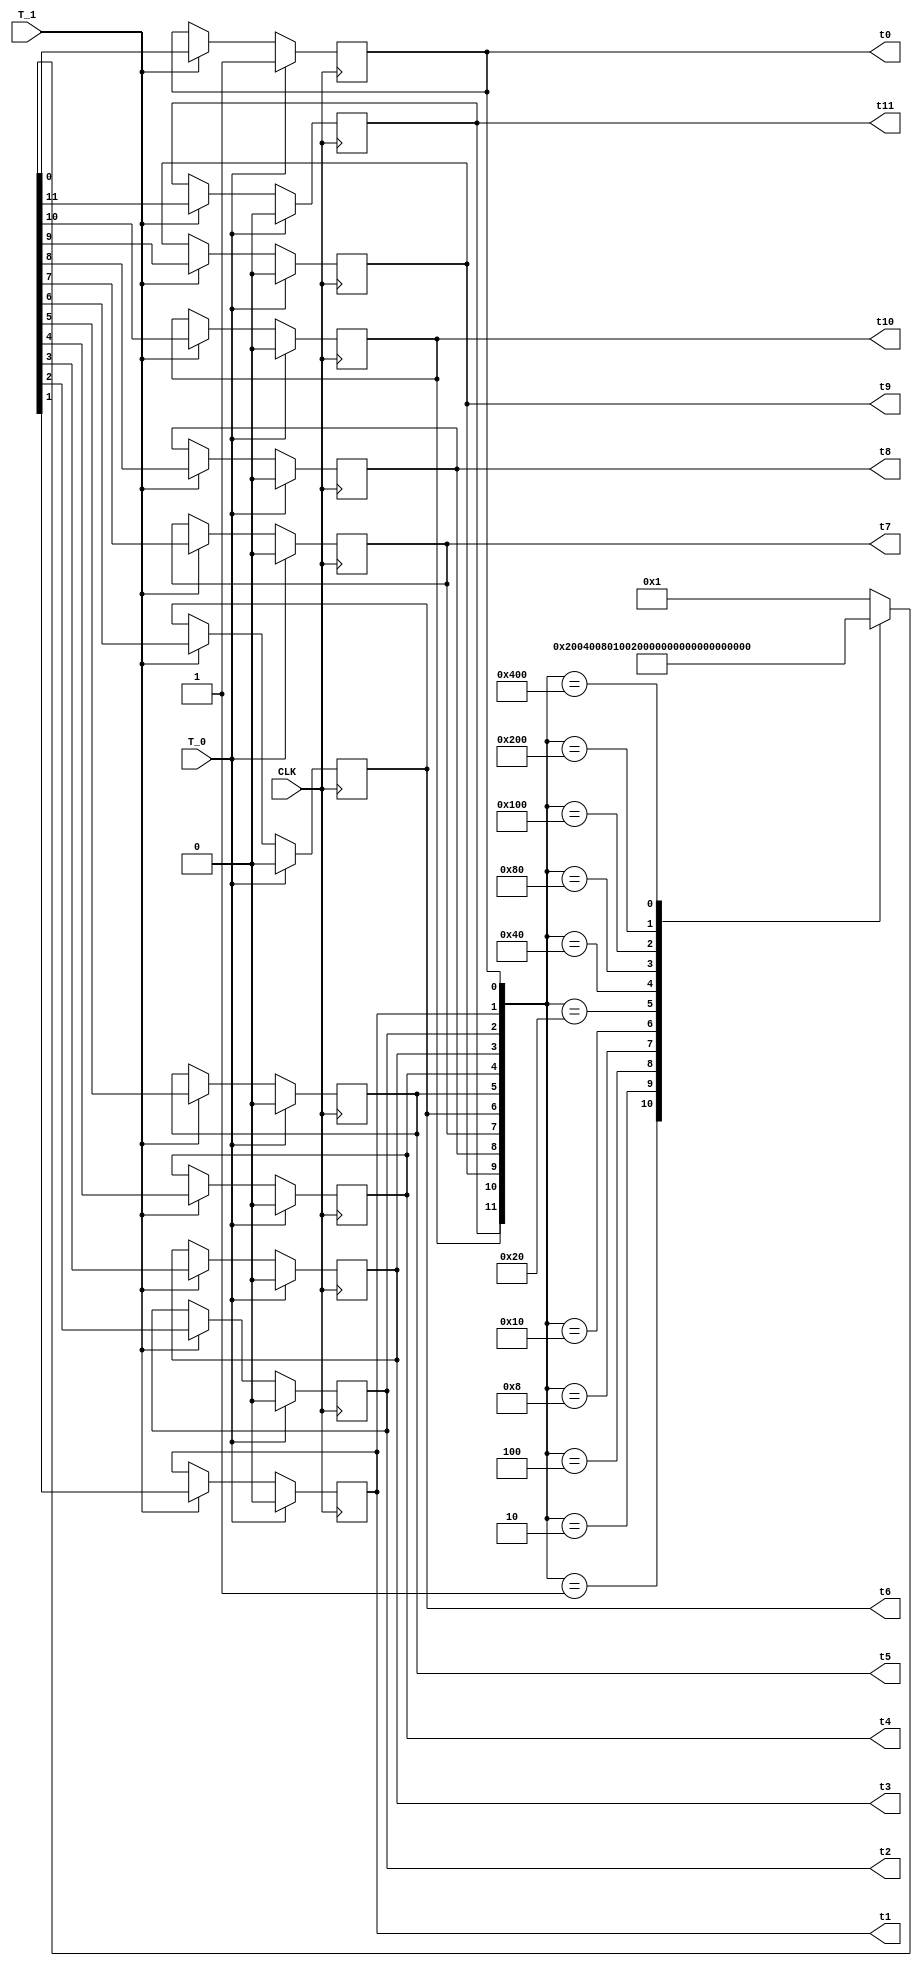
module Step_Timer_CLR(t0,t1,t2,t3,t4,t5,t6,t7,t8,t9,t10,t11,T_0,T_1,CLK);
input T_0,T_1,CLK;
output t0,t1,t2,t3,t4,t5,t6,t7,t8,t9,t10,t11;
reg t0=1,t1=0,t2=0,t3=0,t4=0,t5=0,t6=0,t7=0,t8=0,t9=0,t10=0,t11=0;
always@(negedge CLK)
begin
if(T_0==1)
{t11,t10,t9,t8,t7,t6,t5,t4,t3,t2,t1,t0}=12'b0000000000000001;
else
if(T_1==1)
begin
case({t11,t10,t9,t8,t7,t6,t5,t4,t3,t2,t1,t0})
12'b000000000001:{t11,t10,t9,t8,t7,t6,t5,t4,t3,t2,t1,t0}=12'b000000000010;
12'b000000000010:{t11,t10,t9,t8,t7,t6,t5,t4,t3,t2,t1,t0}=12'b000000000100;
12'b000000000100:{t11,t10,t9,t8,t7,t6,t5,t4,t3,t2,t1,t0}=12'b000000001000;
12'b000000001000:{t11,t10,t9,t8,t7,t6,t5,t4,t3,t2,t1,t0}=12'b000000010000;
12'b000000010000:{t11,t10,t9,t8,t7,t6,t5,t4,t3,t2,t1,t0}=12'b000000100000;
12'b000000100000:{t11,t10,t9,t8,t7,t6,t5,t4,t3,t2,t1,t0}=12'b000001000000;
12'b000001000000:{t11,t10,t9,t8,t7,t6,t5,t4,t3,t2,t1,t0}=12'b000010000000;
12'b000010000000:{t11,t10,t9,t8,t7,t6,t5,t4,t3,t2,t1,t0}=12'b000100000000;
12'b000100000000:{t11,t10,t9,t8,t7,t6,t5,t4,t3,t2,t1,t0}=12'b001000000000;
12'b001000000000:{t11,t10,t9,t8,t7,t6,t5,t4,t3,t2,t1,t0}=12'b010000000000;
12'b010000000000:{t11,t10,t9,t8,t7,t6,t5,t4,t3,t2,t1,t0}=12'b100000000000;
12'b100000000000:{t11,t10,t9,t8,t7,t6,t5,t4,t3,t2,t1,t0}=12'b000000000001;
default:{t11,t10,t9,t8,t7,t6,t5,t4,t3,t2,t1,t0}=12'b000000000001;
endcase
end
end
endmodule